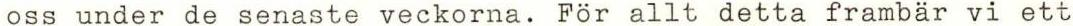
oss under de senaste veckorna. För allt detta frambär vi ett